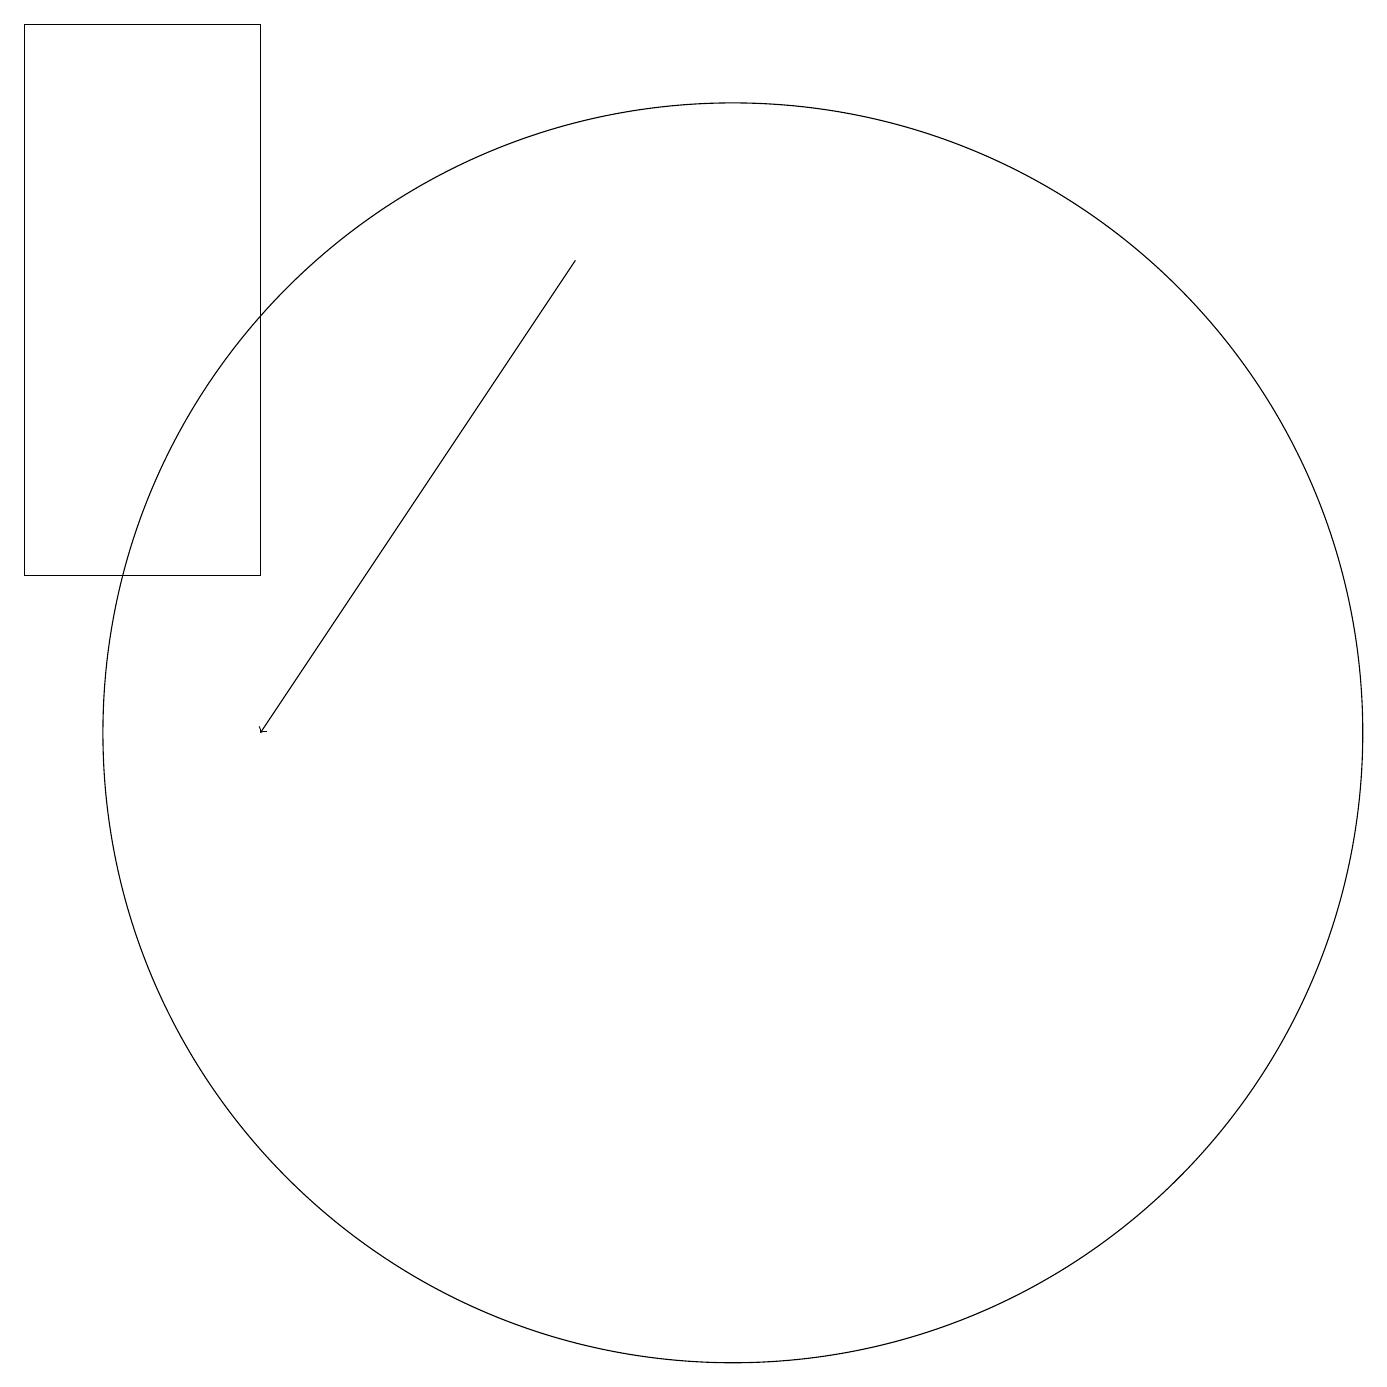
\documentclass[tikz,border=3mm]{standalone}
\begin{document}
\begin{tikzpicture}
\draw (1,19) rectangle (4,12);
\draw[->] (8,16) -- (4,10);
\draw (10,10) circle (8);
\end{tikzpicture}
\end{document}